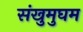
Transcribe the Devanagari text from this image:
संखुमुघम